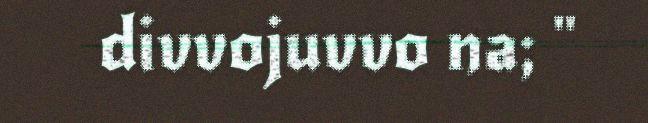
divvojuvvo na; "